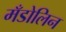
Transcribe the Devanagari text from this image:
मँडोलिन